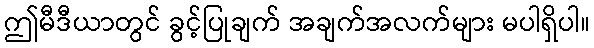
ဤမီဒီယာတွင် ခွင့်ပြုချက် အချက်အလက်များ မပါရှိပါ။